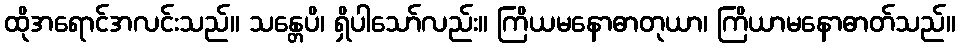
ထိုအရောင်အလင်းသည်။ သန္တေပိ၊ ရှိပါသော်လည်း။ ကြိယမနောဓာတုယာ၊ ကြိယာမနောဓာတ်သည်။